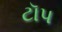
ટૉપ